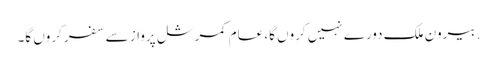
. بیرون ملک دورے نہیں کروں گا، عام کمرشل پرواز سے سفر کروں گا۔